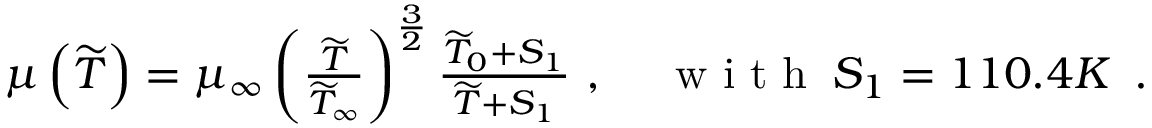
\begin{array} { r l } { \mu \left( \widetilde { T } \right) = \mu _ { \infty } \left( \frac { \widetilde { T } } { \widetilde { T } _ { \infty } } \right) ^ { \frac { 3 } { 2 } } \frac { \widetilde { T } _ { 0 } + S _ { 1 } } { \widetilde { T } + S _ { 1 } } \mathrm { ~ , ~ } } & { { } \mathrm { ~ w ~ i ~ t ~ h ~ } \: S _ { 1 } = 1 1 0 . 4 K \, \mathrm { ~ . ~ } } \end{array}